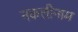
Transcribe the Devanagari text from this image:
नकलीनाम